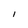
Character: I